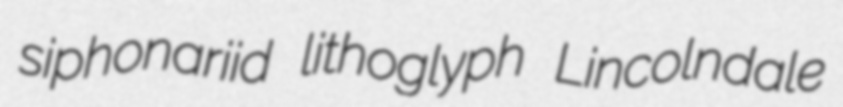
siphonariid lithoglyph Lincolndale